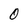
Character: 0